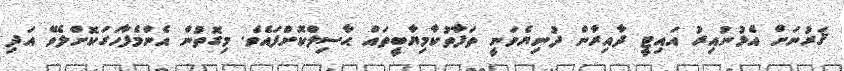
ޤަރުނަށް އެޅުނުއިރު އައިޓީ ދާއިރާން ދުނިޔެވަނީ ތަފާތުކާމިޔާބީތައް ޙާސިލްކޮށްފައެވެ. މިގޮތުން އެންމެފާހަގަކޮށްލެވޭ އަދި